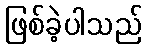
ဖြစ်ခဲ့ပါသည်